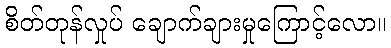
စိတ်တုန်လှုပ် ချောက်ချားမှုကြောင့်လော။